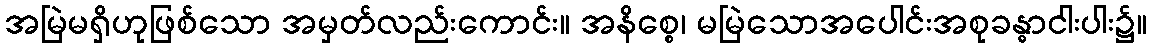
အမြဲမရှိဟုဖြစ်သော အမှတ်လည်းကောင်း။ အနိစ္စေ၊ မမြဲသောအပေါင်းအစုခန္ဓာငါးပါး၌။